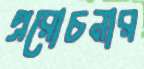
প্ররোচনার